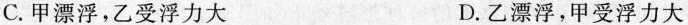
C.甲漂浮，乙受浮力大 D.乙漂浮，甲受浮力大